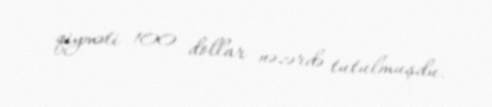
qiyməti 100 dollar nəzərdə tutulmuşdu.